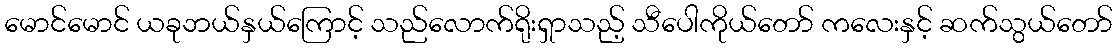
မောင်မောင် ယခုဘယ်နှယ်ကြောင့် သည်လောက်ရိုးရှာသည့် သီပေါကိုယ်တော် ကလေးနှင့် ဆက်သွယ်တော်